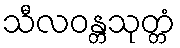
သီလဝန္တသုတ္တံ